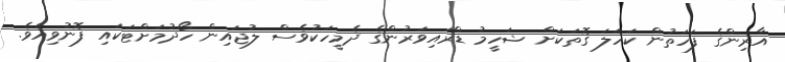
އާރިންގެ ފަހަތުން ކަހަލަ ގޮތަކަށް ޝަހީމު ޑްރައިވަރުންގެ ދެމީހަކުވެސް ލުޖައިން ހޯދުމަށްޓަކައި ފޮނުވިއެވެ.